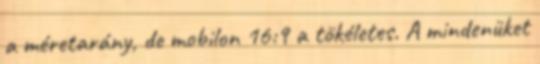
a méretarány, de mobilon 16:9 a tökéletes. A mindenüket